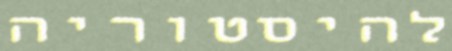
להיסטוריה